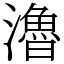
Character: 瀂